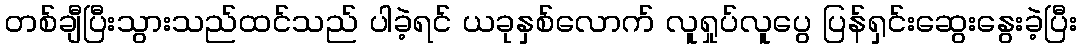
တစ်ချီပြီးသွားသည်ထင်သည် ပါခဲ့ရင် ယခုနှစ်လောက် လူရှုပ်လူပွေ ပြန်ရှင်းဆွေးနွေးခဲ့ပြီး